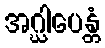
အဂ္ဃါပေန္တံ